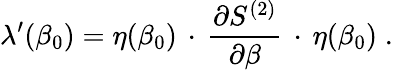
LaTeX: \lambda^{\prime}(\beta_{0})=\eta(\beta_{0})\, \cdot\, \frac{\partial S^{(2)}}{\partial\beta}\, \cdot\, \eta(\beta_{0})\; .